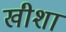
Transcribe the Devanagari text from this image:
खीशा